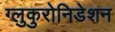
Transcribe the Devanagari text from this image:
ग्लुकुरोनिडेशन